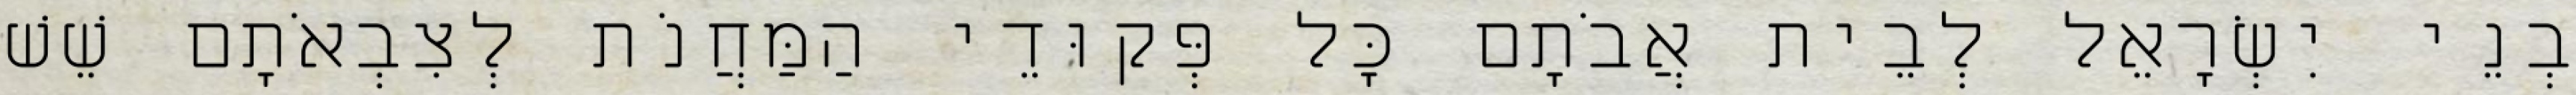
בְנֵי יִשְׂרָאֵל לְבֵית אֲבֹתָם כָּל פְּקוּדֵי הַמַּחֲנֹת לְצִבְאֹתָם שֵׁשׁ